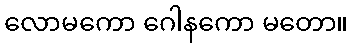
လောမကော ဂေါနကော မတော။